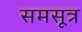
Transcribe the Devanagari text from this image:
समसूत्र